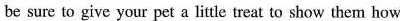
be sure to give your pet a little treat to show them how